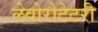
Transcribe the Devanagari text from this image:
लेवोरोटेटरी